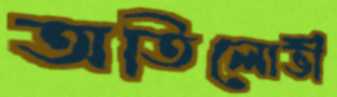
অতিলোভী